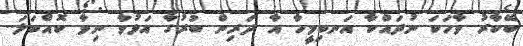
ބޭކާރު ވާހަކަ ނުދައްކާ އަނބިމީހާ އާ ދަރިން ބުރުގާ އަޅުވާ ނިވާ ކޮއްބަލަ..